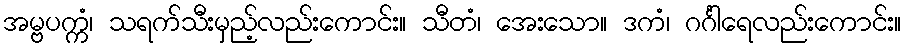
အမ္ဗပက္ကံ၊ သရက်သီးမှည့်လည်းကောင်း။ သီတံ၊ အေးသော။ ဒကံ၊ ဂင်္ဂါရေလည်းကောင်း။